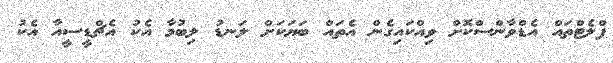
ފްލެޓްތައް އެޑްވާންސްކޮށް ވިއްކައިގެން އެތައް ބަޔަކަށް ލަނޑު ލިބުމާ އެކު އެޗްޑީސީއާ އެކު